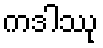
ကဒါဿု